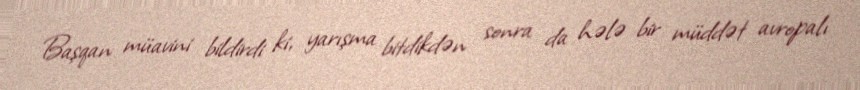
Başqan müavini bildirdi ki, yarışma bitdikdən sonra da hələ bir müddət avropalı